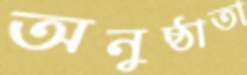
অনুষ্ঠাতা